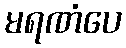
မရဏံပေ